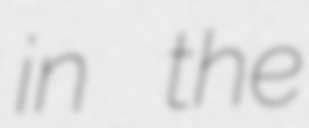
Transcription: in the